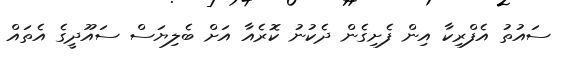
ސައުތު އެފްރިކާ އިން ފެށިގެން ދެކުނު ކޮރެއާ އަށް ބެލިޔަސް ސައޫދީގެ އެތައް